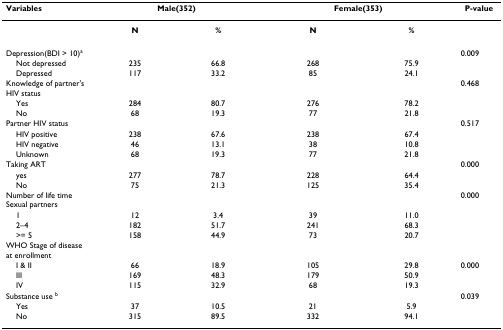
<table><thead><tr><td><b>Variables</b></td><td colspan="2"><b>Male(352)</b></td><td colspan="2"><b>Female(353)</b></td><td><b>P-value</b></td></tr></thead><tbody><tr><td></td><td><b>N</b></td><td><b>%</b></td><td><b>N</b></td><td><b>%</b></td><td></td></tr><tr><td>Depression(BDI &gt; 10)<sup>a</sup></td><td></td><td></td><td></td><td></td><td>0.009</td></tr><tr><td> Not depressed</td><td>235</td><td>66.8</td><td>268</td><td>75.9</td><td></td></tr><tr><td> Depressed</td><td>117</td><td>33.2</td><td>85</td><td>24.1</td><td></td></tr><tr><td>Knowledge of partner&#x27;s HIV status</td><td></td><td></td><td></td><td></td><td>0.468</td></tr><tr><td> Yes</td><td>284</td><td>80.7</td><td>276</td><td>78.2</td><td></td></tr><tr><td> No</td><td>68</td><td>19.3</td><td>77</td><td>21.8</td><td></td></tr><tr><td>Partner HIV status</td><td></td><td></td><td></td><td></td><td>0.517</td></tr><tr><td> HIV positive</td><td>238</td><td>67.6</td><td>238</td><td>67.4</td><td></td></tr><tr><td> HIV negative</td><td>46</td><td>13.1</td><td>38</td><td>10.8</td><td></td></tr><tr><td> Unknown</td><td>68</td><td>19.3</td><td>77</td><td>21.8</td><td></td></tr><tr><td>Taking ART</td><td></td><td></td><td></td><td></td><td>0.000</td></tr><tr><td> yes</td><td>277</td><td>78.7</td><td>228</td><td>64.4</td><td></td></tr><tr><td> No</td><td>75</td><td>21.3</td><td>125</td><td>35.4</td><td></td></tr><tr><td>Number of life time Sexual partners</td><td></td><td></td><td></td><td></td><td>0.000</td></tr><tr><td> 1</td><td>12</td><td>3.4</td><td>39</td><td>11.0</td><td></td></tr><tr><td> 2–4</td><td>182</td><td>51.7</td><td>241</td><td>68.3</td><td></td></tr><tr><td> &gt;= 5</td><td>158</td><td>44.9</td><td>73</td><td>20.7</td><td></td></tr><tr><td>WHO Stage of disease at enrollment</td><td></td><td></td><td></td><td></td><td></td></tr><tr><td> I &amp; II</td><td>66</td><td>18.9</td><td>105</td><td>29.8</td><td>0.000</td></tr><tr><td> III</td><td>169</td><td>48.3</td><td>179</td><td>50.9</td><td></td></tr><tr><td> IV</td><td>115</td><td>32.9</td><td>68</td><td>19.3</td><td></td></tr><tr><td>Substance use <sup>b</sup></td><td></td><td></td><td></td><td></td><td>0.039</td></tr><tr><td> Yes</td><td>37</td><td>10.5</td><td>21</td><td>5.9</td><td></td></tr><tr><td> No</td><td>315</td><td>89.5</td><td>332</td><td>94.1</td><td></td></tr></tbody></table>